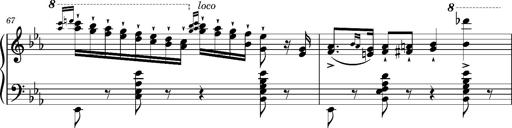
Title: Magyar rapszÃ³diÃ¡k
Composer: Franz Liszt